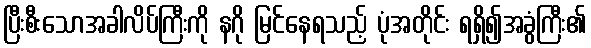
ပြီးစီးသောအခါလိပ်ကြီးကို နဂို မြင်နေရသည့် ပုံအတိုင်း ရရှိ၍အခွံကြီး၏